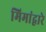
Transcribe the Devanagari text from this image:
मिमांद्वारे